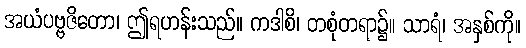
အယံပဗ္ဗဇိတော၊ ဤရဟန်းသည်။ ကဒါစိ၊ တစုံတရာ၌။ သာရံ၊ အနှစ်ကို။